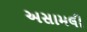
અસામલી